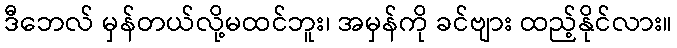
ဒီဘေလ် မှန်တယ်လို့မထင်ဘူး၊ အမှန်ကို ခင်ဗျား ထည့်နိုင်လား။